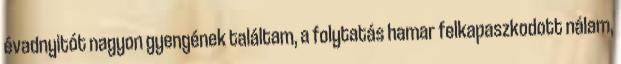
évadnyitót nagyon gyengének találtam, a folytatás hamar felkapaszkodott nálam,